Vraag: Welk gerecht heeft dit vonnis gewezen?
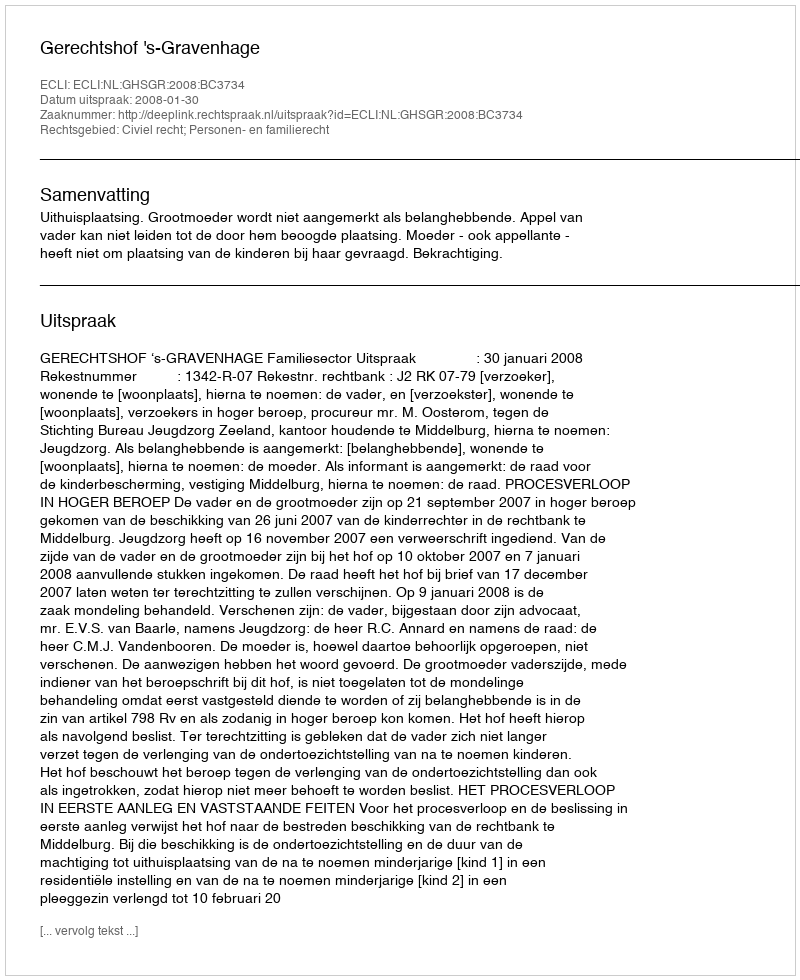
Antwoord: Gerechtshof 's-Gravenhage